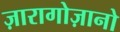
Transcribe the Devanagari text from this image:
ज़ारागोज़ानो